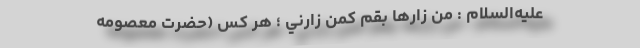
عليه‌السلام : مَن زارَها بِقُمَّ كَمَن زارَني ؛ هر كس (حضرت معصومه